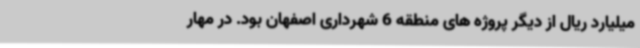
میلیارد ریال از دیگر پروژه های منطقه 6 شهرداری اصفهان بود. در مهار